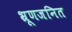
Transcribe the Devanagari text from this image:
भ्रूणजनित